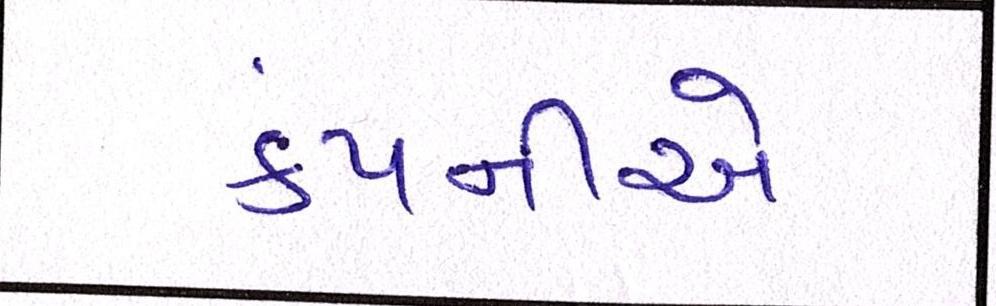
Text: કંપનીએ